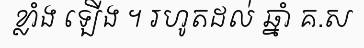
ខ្លាំង ឡើង ។ រហូតដល់ ឆ្នាំ គ.ស